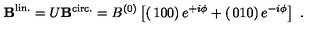
{ \bf B } ^ { \mathrm { l i n . } } = U { \bf B } ^ { \mathrm { c i r c . } } = B ^ { ( 0 ) } \left[ \left( \begin{matrix} { 1 } \\ { 0 } \\ { 0 } \\ \end{matrix} \right) e ^ { + i \phi } + \left( \begin{matrix} { 0 } \\ { 1 } \\ { 0 } \\ \end{matrix} \right) e ^ { - i \phi } \right] \ .